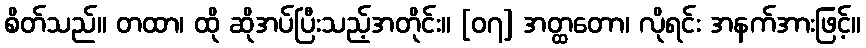
စိတ်သည်။ တထာ၊ ထို ဆိုအပ်ပြီးသည့်အတိုင်း။ [၀၇] အတ္ထတော၊ လိုရင်း အနက်အားဖြင့်။